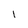
Character: I